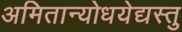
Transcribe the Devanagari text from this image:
अमितान्योधयेद्यस्तु